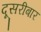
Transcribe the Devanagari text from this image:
दूसरीबार